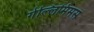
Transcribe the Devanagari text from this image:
गेल्‍लिमिमस